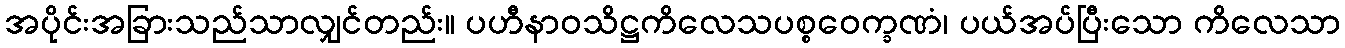
အပိုင်းအခြားသည်သာလျှင်တည်း။ ပဟီနာဝသိဋ္ဌကိလေသပစ္စဝေက္ခဏံ၊ ပယ်အပ်ပြီးသော ကိလေသာ